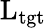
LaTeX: \mathrm{L_{tgt}}